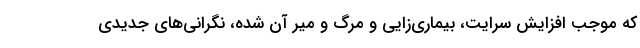
که موجب افزایش سرایت، بیماری‌زایی و مرگ و میر آن شده، نگرانی‌های جدیدی